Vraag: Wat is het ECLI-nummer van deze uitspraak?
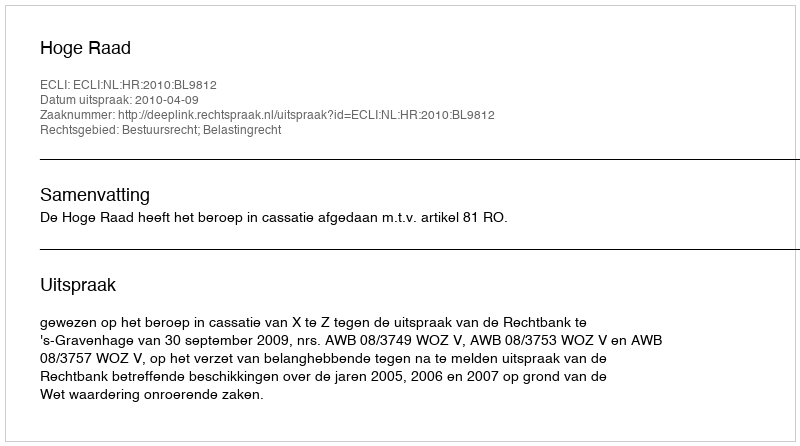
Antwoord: ECLI:NL:HR:2010:BL9812